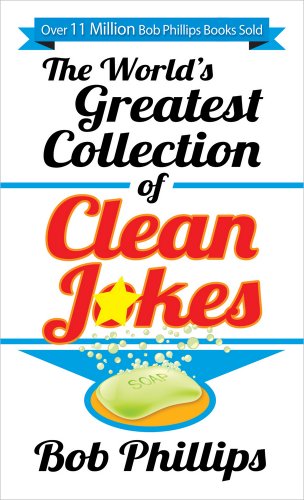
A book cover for The World's Greatest Collection of Clean Jokes; Bob Phillips; Humor & Entertainment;